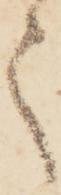
々